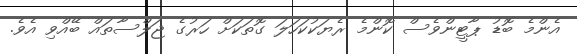
އެންމެ ބޮޑު ޕާޓީންވެސް ކޮންމެ ރެޔަކުކަހަލަ ގޮތަކަށް ހަރުގެ ޖަލްސާތައް ބޭއްވި އެވެ.